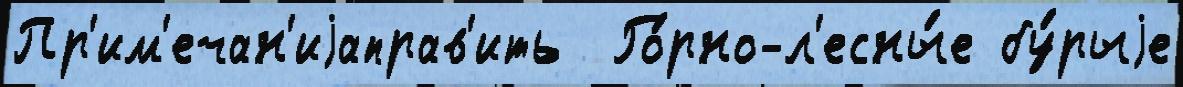
Пр'им'ечан'иjаправ'ить  Го́рно-л'есны́е бу́рыjе